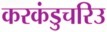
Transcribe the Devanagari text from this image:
करकंडुचरिउ